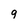
Character: 9